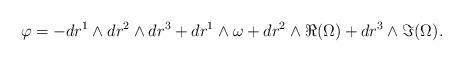
LaTeX: \begin{align*} \varphi = -dr^1 \wedge dr^2 \wedge dr^3 + dr^1 \wedge \omega + dr^2 \wedge \Re (\Omega) + dr^3 \wedge \Im (\Omega).\end{align*}